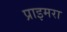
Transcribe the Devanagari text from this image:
प्राइमरा